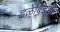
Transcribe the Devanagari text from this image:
हळेबिडशी